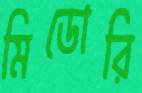
মিডোরি